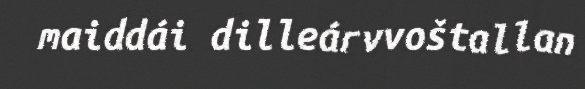
maiddái dilleárvvoštallan